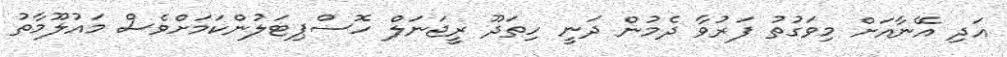
އަދި އޭނާއަށް މިވަގުތު ފަރުވާ ދެމުން ދަނީ ހިތަދޫ ރީޖަނަލް ހޮސްޕިޓަލުންކަަމަށްވެސް މައުލޫމާތު